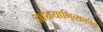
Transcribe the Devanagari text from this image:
आशयाभिव्यक्तीचे